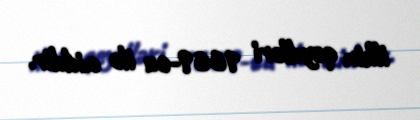
ilkin qeydləri 1669-cu ilə aiddir.